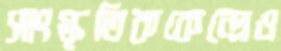
সাংস্কৃতিককেন্দ্রেও